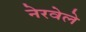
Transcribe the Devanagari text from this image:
नेरवेले